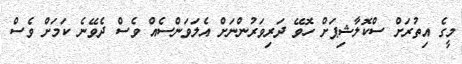
މީގެ އިތުރަށް ސްކޮލާޝިޕަށް ހޮވޭ ދަރިވަރުންނަށް އެލަވަންސެއް ވެސް ދެވޭނެ ކަމަށް ވެސް